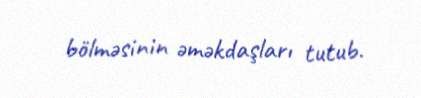
bölməsinin əməkdaşları tutub.